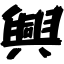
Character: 興